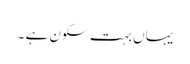
یہاں بہت سکون ہے ۔